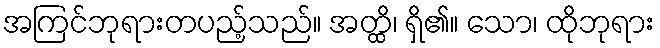
အကြင်ဘုရားတပည့်သည်။ အတ္ထိ၊ ရှိ၏။ သော၊ ထိုဘုရား